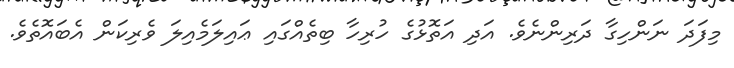
މިފަދަ ނަންހިގާ ދަރިންނެވެ. އަދި އަތޮޅުގެ ހުރިހާ ބިތެއްގައި ޢައިލަމެއިލަ ވެރިކަން އެބައޮތެވެ.